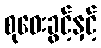
စုဝေးခွင့်နှင့်